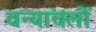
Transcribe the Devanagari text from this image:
वन्यांचलों